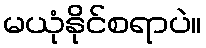
မယုံနိုင်စရာပဲ။